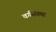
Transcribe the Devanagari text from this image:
वर्गसंख्या